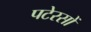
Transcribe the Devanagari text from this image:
पटेरसों